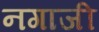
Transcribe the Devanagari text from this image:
नगाजी